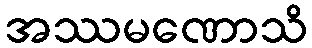
အဿမဏောသိ